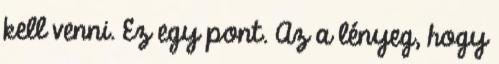
kell venni. Ez egy pont. Az a lényeg, hogy